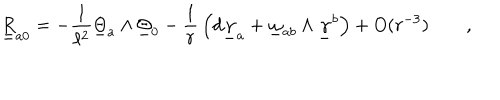
\underline { { { \underline { { R } } } } } _ { a 0 } = - \frac 1 { \ell ^ { 2 } } \underline { { { \Theta } } } _ { a } \wedge \underline { { { \Theta } } } _ { 0 } - { \frac { 1 } { r } } \left( d \underline { { { \gamma } } } _ { a } + \underline { { { \omega } } } _ { a b } \wedge \underline { { { \gamma } } } ^ { b } \right) + O ( r ^ { - 3 } ) \qquad ,